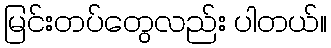
မြင်းတပ်တွေလည်း ပါတယ်။